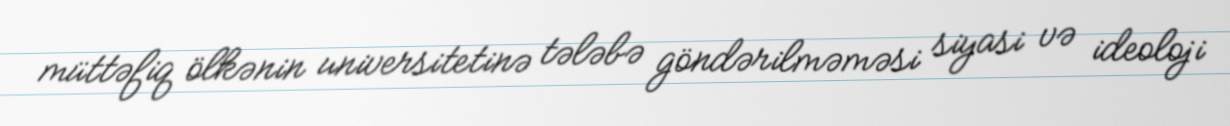
müttəfiq ölkənin universitetinə tələbə göndərilməməsi siyasi və ideoloji